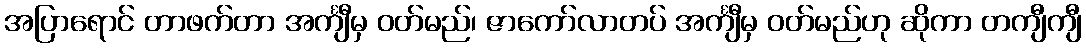
အပြာရောင် တာဖက်တာ အင်္ကျီမှ ဝတ်မည်၊ ဇာကော်လာတပ် အင်္ကျီမှ ဝတ်မည်ဟု ဆိုကာ တကျီကျီ